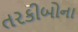
તરકીબોના